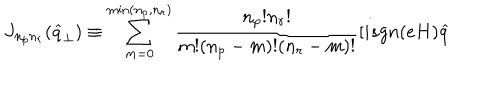
J _ { n _ { p } n _ { r } } ( \widehat { q } _ { \perp } ) \equiv \sum _ { m = 0 } ^ { \min ( n _ { p } , n _ { r } ) } \frac { n _ { p } ! n _ { r } ! } { m ! ( n _ { p } - m ) ! ( n _ { r } - m ) ! } [ i s g n ( e H ) \widehat { q }